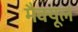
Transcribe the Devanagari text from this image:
मैक्यूल